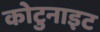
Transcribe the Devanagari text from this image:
कोटुनाइट